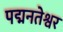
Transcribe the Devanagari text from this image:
पद्मनतेश्वर